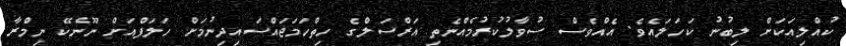
ކުއްލިއަކަށް ލިބުނު ކަހަލައެވެ. އެއްވެސް ސުވާލުކުރުމެއްނެތި އަރްސަލްގެ ހިތްހަމަޖައްސައިދިނުމަށް ހަލަފްއަށް ނޫނެކޭ ނިމްރާ